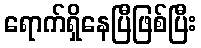
ရောက်ရှိနေပြီဖြစ်ပြီး